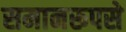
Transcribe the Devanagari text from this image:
समानरूपसे